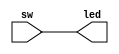
// directleddriver.v for EE 2390 Lab #4
`timescale 1ns / 1ps
module directleddriver(led,sw);
    output  led;
    input   sw;
    assign  led=sw;
endmodule